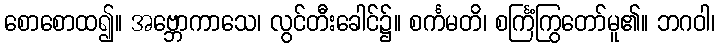
စောစောထ၍။ အဗ္ဘောကာသေ၊ လွင်တီးခေါင်၌။ စင်္ကမတိ၊ စင်္ကြံကြွတော်မူ၏။ ဘဂဝါ၊